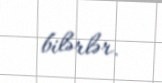
bilərlər.